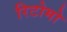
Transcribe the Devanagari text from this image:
रिटोमो